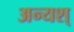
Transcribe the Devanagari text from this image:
अन्यश्